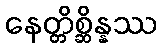
နေတ္တိစ္ဆိန္နဿ